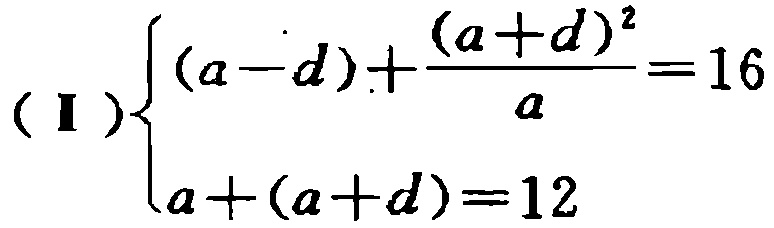
\((\text{I})\begin{cases}(a - d)+\frac{(a + d)^2}{a}=16\\a+(a + d)=12\end{cases}\)